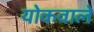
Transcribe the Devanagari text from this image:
योकवाले